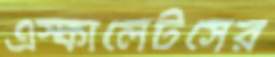
এস্কালেটসের